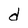
Character: d